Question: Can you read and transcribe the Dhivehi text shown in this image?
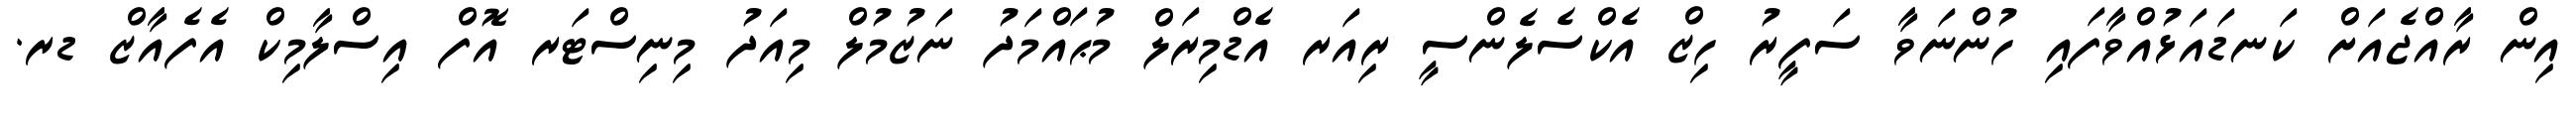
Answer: އިން ރާއްޖެއަށް ކަނޑައަޅުއްވާފައި ހުންނަވާ ސަފީރު ހިޒް އެކްސެލެންސީ ރިއަރ އެޑްމިރަލް މުޙައްމަދު ނަޒުމުލް މިއަދު މިނިސްޓަރ އޮފް އިސްލާމިކް އެފެއާޒް ޑރ.